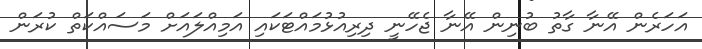
އަހަރެން އޭނާ ގާތު ބުނިން އޭނާ ޖެހޭނީ ދިރިއުޅުމައްޓަކައި އަމިއްލައަށް މަސައްކަތް ކުރަން